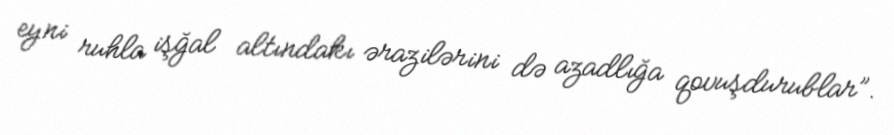
eyni ruhla işğal altındakı ərazilərini də azadlığa qovuşdurublar”.